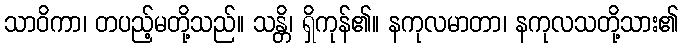
သာဝိကာ၊ တပည့်မတို့သည်။ သန္တိ၊ ရှိကုန်၏။ နကုလမာတာ၊ နကုလသတို့သား၏